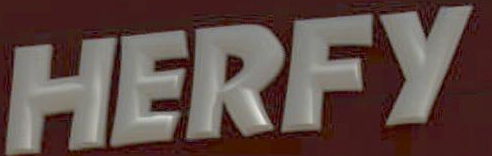
HERFY